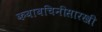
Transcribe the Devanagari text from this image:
कबाबचिनीसारखी